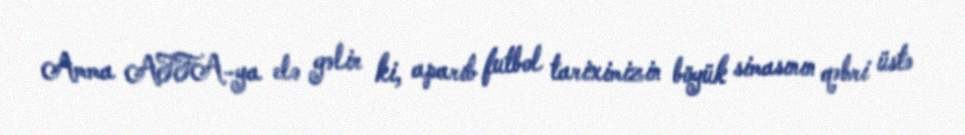
Amma AFFA-ya elə gəlir ki, aparıb futbol tariximizin böyük simasının qəbri üstə